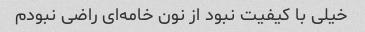
خیلی با کیفیت نبود از نون خامه‌ای راضی نبودم